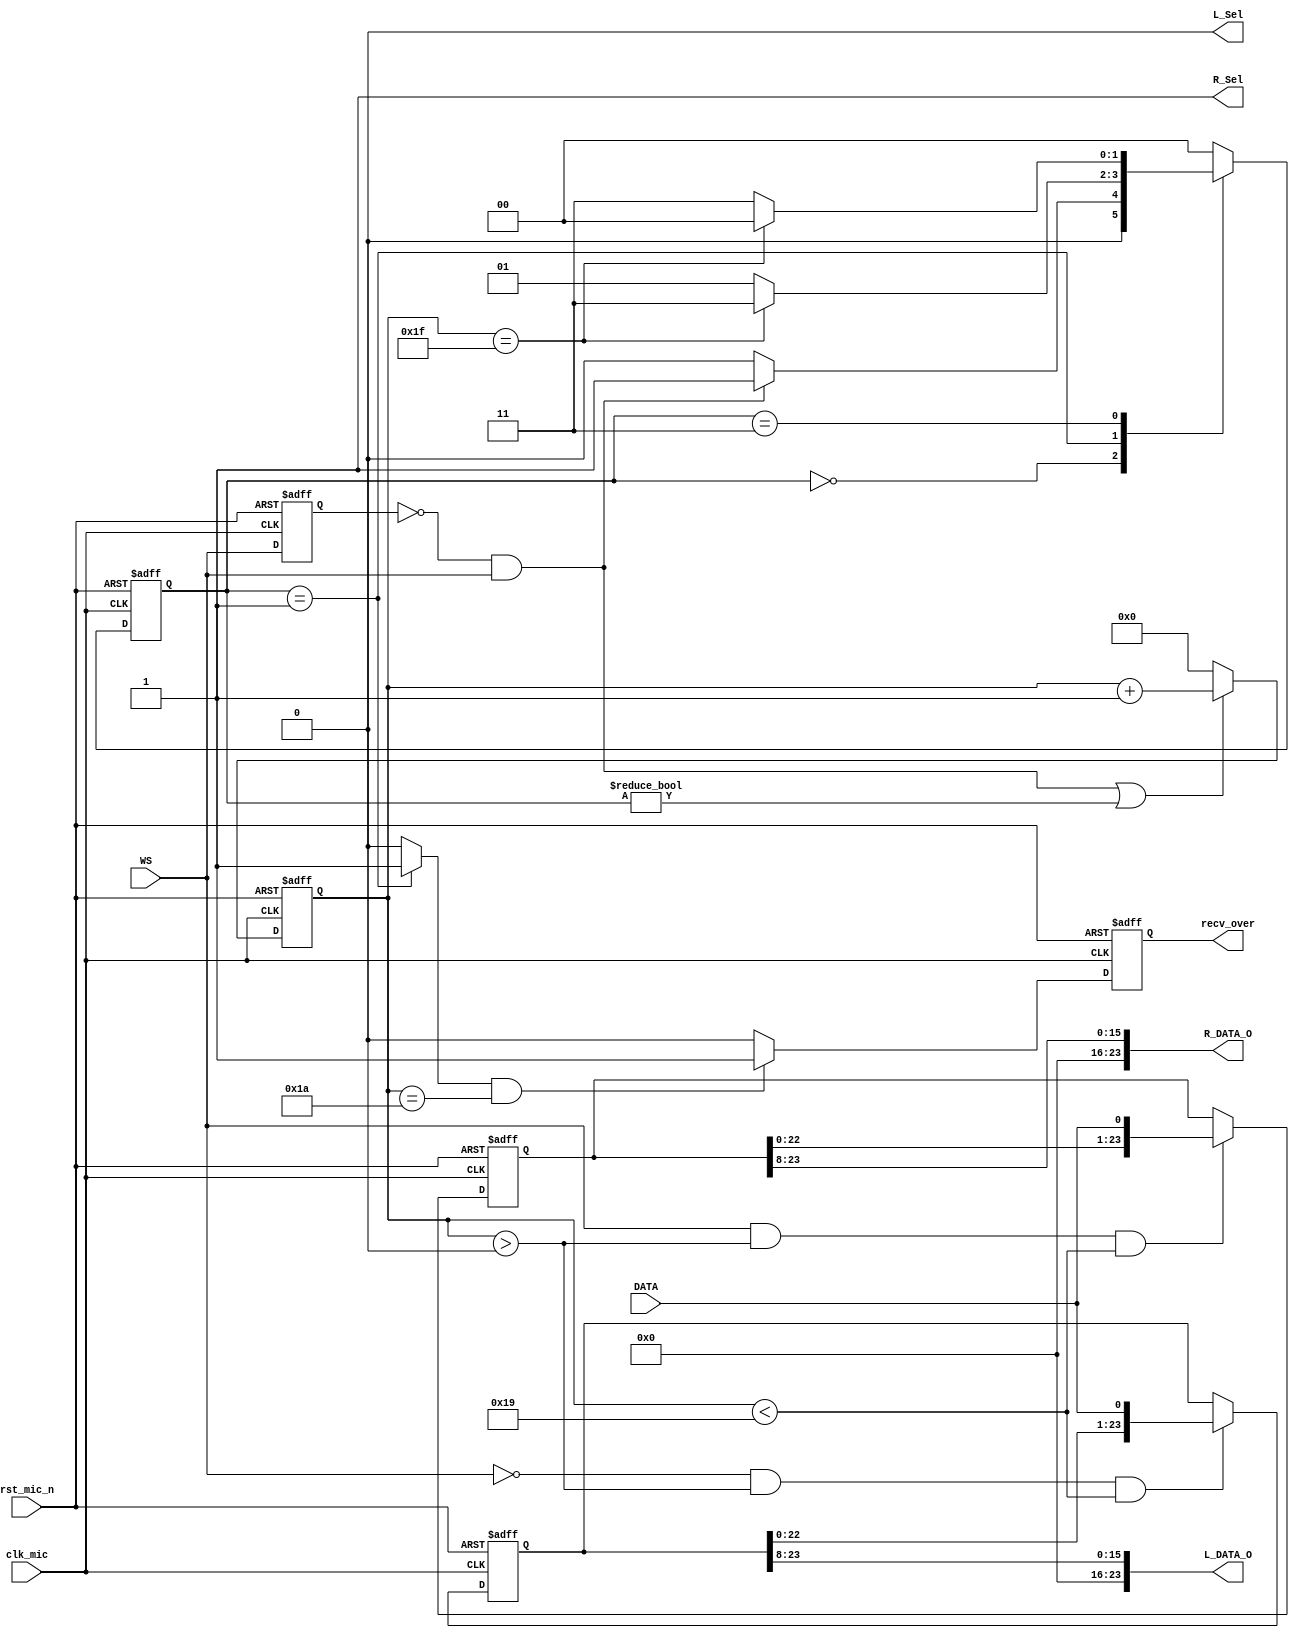
`timescale 1ns / 1ps
//////////////////////////////////////////////////////////////////////////////////
// Designer : Hank.Gan
// Design Name: I2S_Decoder
// Description: I2S Audio Signal Decoder
// Dependencies: None
// Revision 1.0
// Additional Comments: clk_mic = 64*fs = 64*f(WS)
//////////////////////////////////////////////////////////////////////////////////
module i2s_decoder#(
	parameter		DATAWIDTH = 24
)
(
	 input 							        clk_mic
	,input 							        rst_mic_n
	,input 							        WS
	,input 							        DATA
	
	,output 	signed [DATAWIDTH - 1: 0] 	L_DATA_O
	,output 	signed [DATAWIDTH - 1: 0] 	R_DATA_O
	,output							        L_Sel
	,output							        R_Sel
	,output reg						        recv_over
);

localparam IDLE 		= 2'b00;
localparam GET_RIGHT 	= 2'b01;
localparam GET_LEFT 	= 2'b11;

reg	signed [DATAWIDTH - 1: 0] 	L_DATA;
reg	signed [DATAWIDTH - 1: 0] 	R_DATA;
reg [4:0] cnt;
reg [1:0] state,next_state;

reg WS_reg;
wire WS_en;
always @(negedge clk_mic or negedge rst_mic_n) begin
	if(!rst_mic_n) WS_reg <= 1'b0;
	else WS_reg <= WS;
end
assign WS_en = (~WS_reg)&(WS);  // WS posedge means sending right phase

always @(negedge clk_mic or negedge rst_mic_n) begin
	if(!rst_mic_n) begin
		state <= IDLE;
	end
	else begin
		state <= next_state;
	end
end


always @(*) begin
	case(state)
		IDLE:
			begin
				if(WS_en) begin
					next_state = GET_RIGHT;
				end
				else begin
					next_state = IDLE;
				end
			end
		GET_RIGHT:
			begin
				if(cnt == 'd31) begin
					next_state = GET_LEFT;
				end
				else begin
					next_state = GET_RIGHT;
				end
			end
		GET_LEFT:
			begin
				if(cnt == 'd31) begin
					next_state = IDLE;
				end
				else begin
					next_state = GET_LEFT;
				end
			end
		default: next_state = IDLE;
	endcase
end

always @(negedge clk_mic or negedge rst_mic_n) begin
	if(!rst_mic_n) begin
		cnt <= 'd0;
	end
	else if(WS_en || (state!=IDLE)) begin  
		if(cnt != 'd32) begin
			cnt <= cnt + 1'b1;
		end
		else begin
			cnt <= 'd0;
		end
	end
	else cnt <= 'd0;
end

// Clocks 2 through 25 transmit data
always @(posedge clk_mic or negedge rst_mic_n) begin
	if(!rst_mic_n) begin
		L_DATA <= 'd0;
	end
	else if(~WS && (cnt > 'd0) && (cnt < 'd25)) begin
		L_DATA <= {L_DATA[DATAWIDTH - 2: 0],DATA};  // shift
	end
	else begin
		L_DATA <= L_DATA;
	end
end

always @(posedge clk_mic or negedge rst_mic_n) begin
	if(!rst_mic_n) begin
		R_DATA <= 'd0;
	end
	else if(WS && (cnt > 'd0) && (cnt < 'd25)) begin
		R_DATA <= {R_DATA[DATAWIDTH - 2: 0],DATA};
	end
	else begin
		R_DATA <= R_DATA;
	end
end

assign L_DATA_O = L_DATA[24- 1: 8];
assign R_DATA_O = R_DATA[24- 1: 8];

assign cr_get_left	=	(state == GET_LEFT ) ? 1'b1 : 1'b0;
assign cr_get_right	=	(state == GET_RIGHT) ? 1'b1 : 1'b0;

//only get the left channel
always @(posedge clk_mic or negedge rst_mic_n) begin
	if (!rst_mic_n) begin
		recv_over <= 1'b0;
	end else if (cr_get_right && cnt == 'd26)begin
		recv_over <= 1'b1;
	end else begin
		recv_over <= 1'b0;
	end
end

assign L_Sel = 1'b0;
assign R_Sel = 1'b1;

endmodule